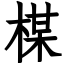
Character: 楳